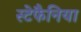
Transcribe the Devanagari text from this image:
स्टेफैनिया